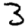
Digit: 3